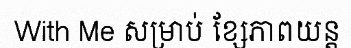
With Me សម្រាប់ ខ្សែភាពយន្ត